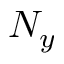
N _ { y }